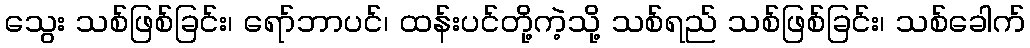
သွေး သစ်ဖြစ်ခြင်း၊ ရော်ဘာပင်၊ ထန်းပင်တို့ကဲ့သို့ သစ်ရည် သစ်ဖြစ်ခြင်း၊ သစ်ခေါက်